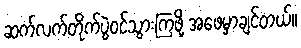
ဆက်လက်တိုက်ပွဲဝင်သွားကြဖို့ အဖေမှာချင်တယ်။